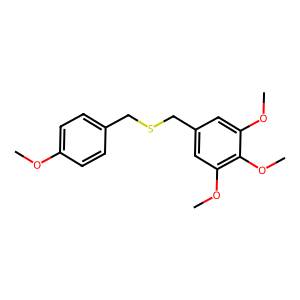
SMILES: COc1ccc(CSCc2cc(OC)c(OC)c(OC)c2)cc1
Inhibits HIV replication: No